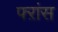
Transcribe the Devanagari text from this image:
फ्ऱांस